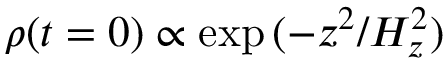
\rho ( t = 0 ) \propto \exp { ( - z ^ { 2 } / H _ { z } ^ { 2 } ) }